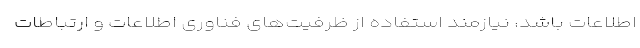
اطلاعات باشد، نیازمند استفاده از ظرفیت‌های فناوری اطلاعات و ارتباطات